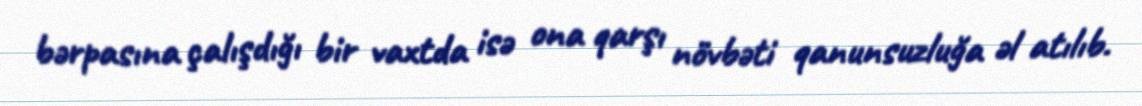
bərpasına çalışdığı bir vaxtda isə ona qarşı növbəti qanunsuzluğa əl atılıb.